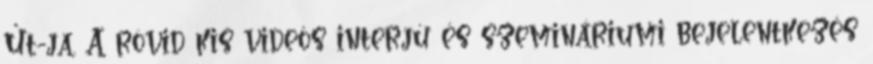
Út-ja. A rövid kis videós interjú és szemináriumi bejelentkezés